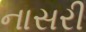
નાસરી